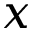
x